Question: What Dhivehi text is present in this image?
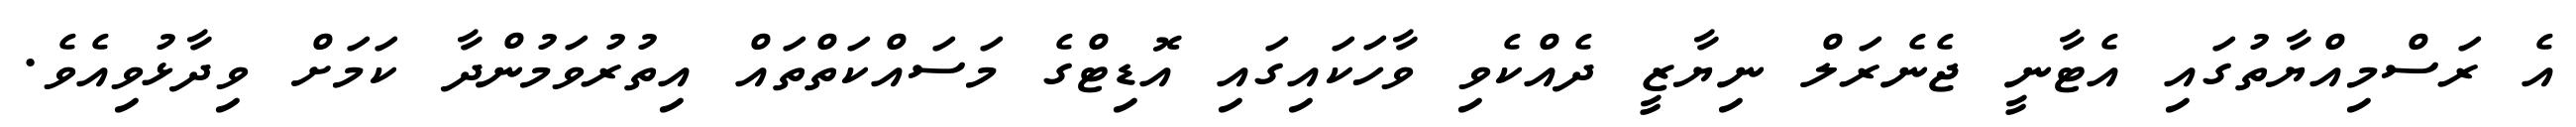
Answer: އެ ރަސްމިއްޔާތުގައި އެޓާނީ ޖެނެރަލް ނިޔާޒީ ދެއްކެވި ވާހަކައިގައި އޮޑިޓްގެ މަސައްކަތްތައް އިތުރުވަމުންދާ ކަމަށް ވިދާޅުވިއެވެ.